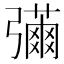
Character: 𢐳